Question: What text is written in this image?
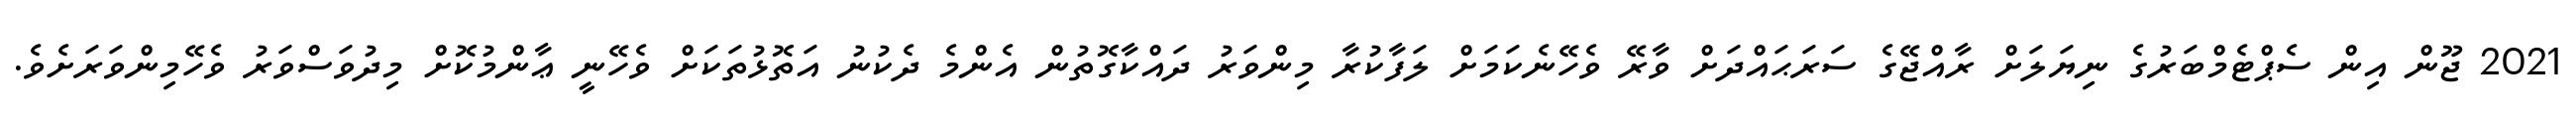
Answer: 2021 ޖޫން އިން ސެޕްޓެމްބަރުގެ ނިޔަލަށް ރާއްޖޭގެ ސަރަޙައްދަށް ވާރޭ ވެހޭނެކަމަށް ލަފާކުރާ މިންވަރު ދައްކާގޮތުން އެންމެ ދެކުނު އަތޮޅުތަކަށް ވެހޭނީ ޢާންމުކޮށް މިދުވަސްވަރު ވެހޭމިންވަރަށެވެ.